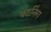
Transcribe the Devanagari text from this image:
बटनिंग